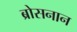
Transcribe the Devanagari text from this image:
ब्रोसनान